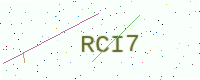
Text: RCI7